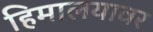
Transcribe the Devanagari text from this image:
हिमालयावर